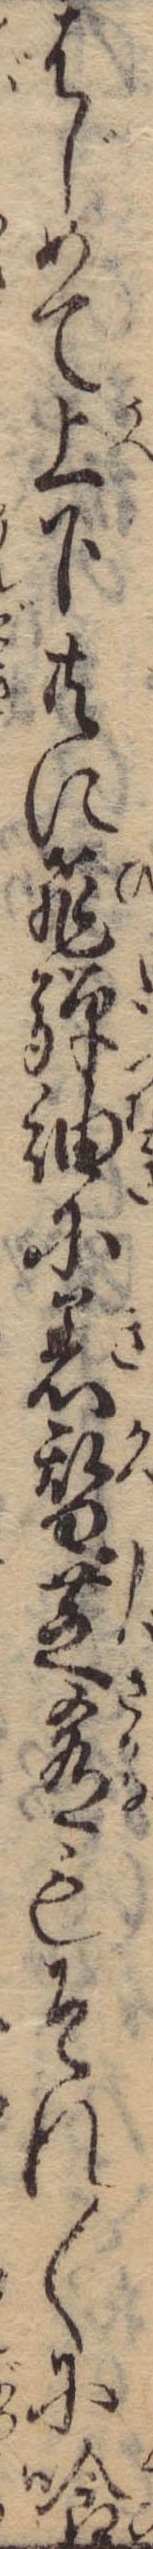
はじめて上下共に飛騨紬に着替芝肴もそれ〱に喰